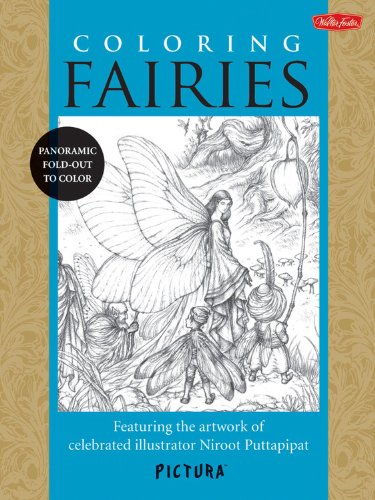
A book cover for Coloring Fairies: Featuring the artwork of celebrated illustrator Niroot Puttapipat (PicturaTM); Niroot Puttapipat; Arts & Photography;